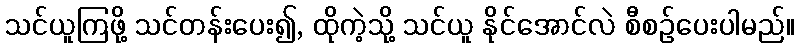
သင်ယူကြဖို့ သင်တန်းပေး၍, ထိုကဲ့သို့ သင်ယူ နိုင်အောင်လဲ စီစဉ်ပေးပါမည်။